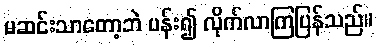
မဆင်းသာတော့ဘဲ ပန်း၍ လိုက်လာကြပြန်သည်။